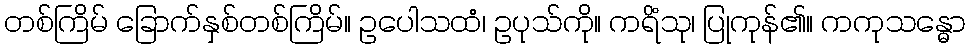
တစ်ကြိမ် ခြောက်နှစ်တစ်ကြိမ်။ ဥပေါသထံ၊ ဥပုသ်ကို။ ကရိံသု၊ ပြုကုန်၏။ ကကုသန္ဓော